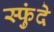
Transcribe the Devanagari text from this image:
स्फुंदे